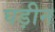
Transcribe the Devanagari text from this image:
घड़ीन